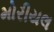
મોરીયલ